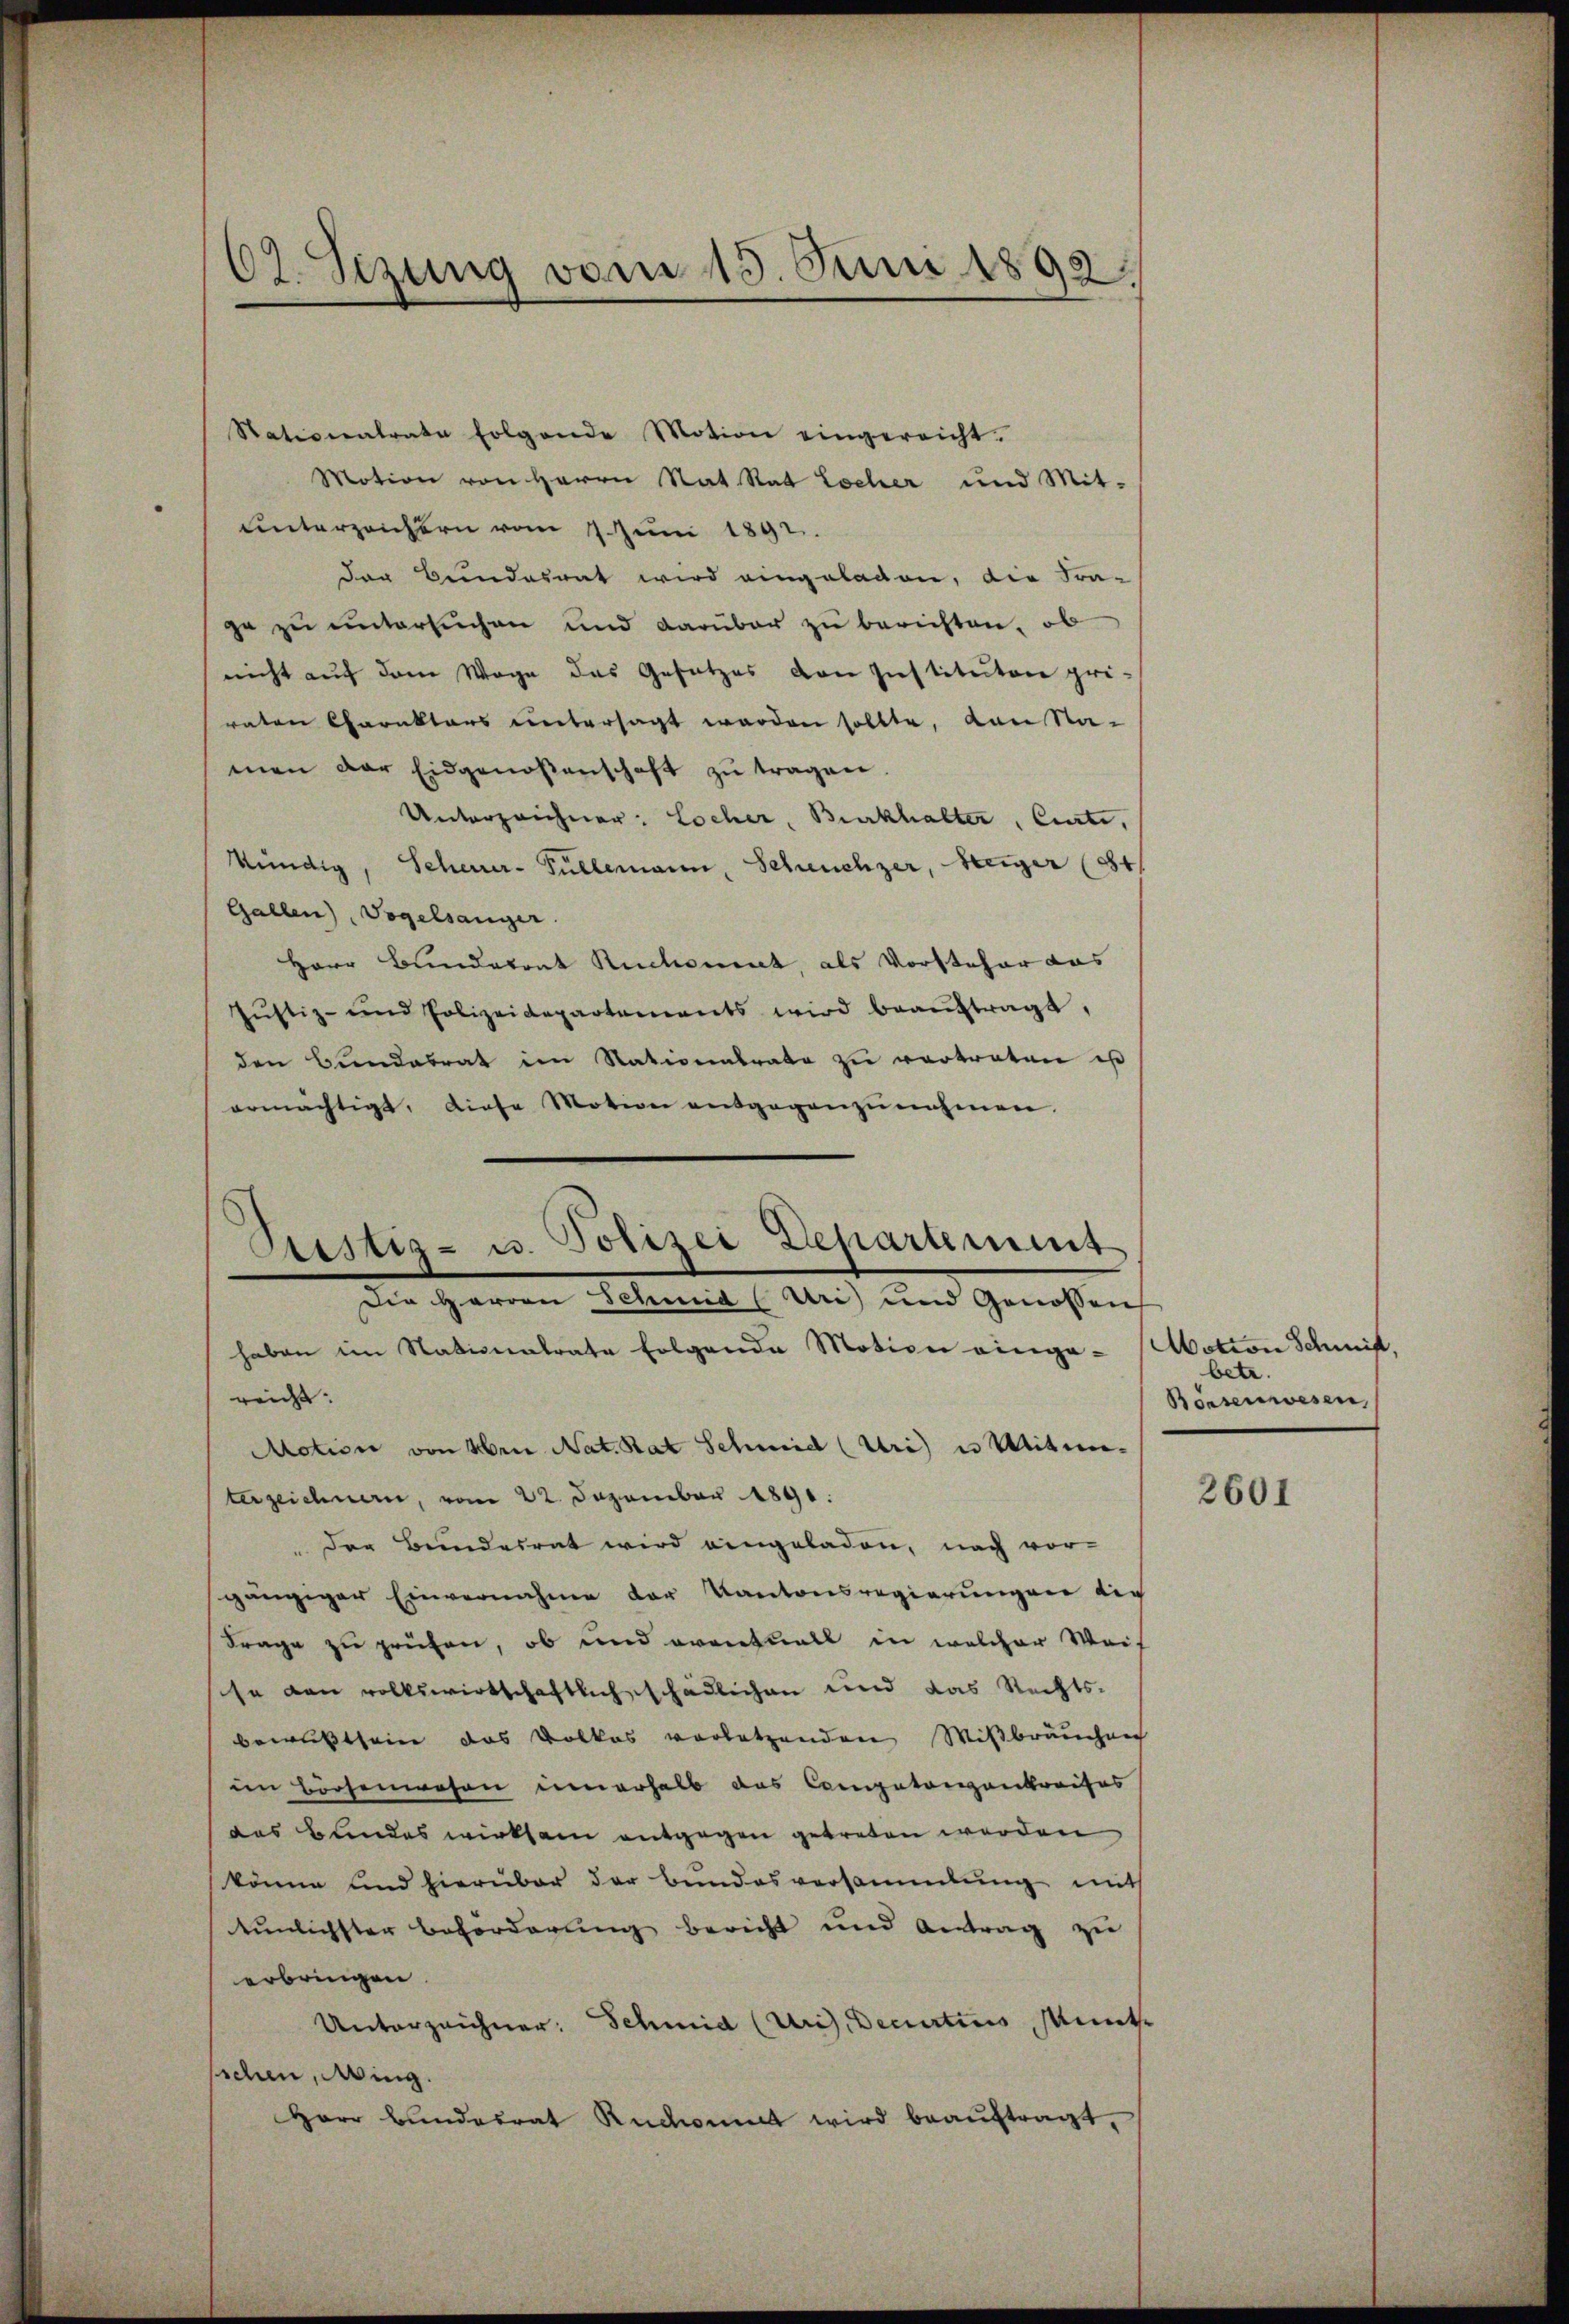
62. Sizung vom 15. Juni 1893.

Stationalrate folgende Motion eingereicht.
Motion von Herrn Rat Rat Locher und Mit-
unterzeichern vom 7. Juni 1891.
der Bundesrat wird eingeladen, die Fra-
ge zu untersuchen und darüber zu berichten, ob
nicht auf dem Wege des Gesetzes von Institutore pri-
raten Charaktars untersagt werden sollte, von Na-
men der Eidgenoßenschaft zŭ tragen.
Unterzeichner: Locher, Burckhalter, Carte,
kündig, Scheurer-Füllermann, Scheuchzer, Weiger (84.
Gallen), Vogelsanger.
Herr Bundetont Ruchoment, als Vorsteher aus
Jŭstiz- und Polizeidepartements wird beaŭftragt,
den Bundesrat im Rationalrate zu vertraten is
ermächtigt, diese Motion entgegenzŭnahmen.

Pustiz- u. Polizei Departement

Die Herren Schmid (Uri) und Genossen
haben im Nationentrate folgende Motion vierga-
reicht:
Motion von Herr Nat. Rat Schmid (Uri) u Miteinterzeichnern, vom 22. Dezember 1891.
" der Bundesrat wird eingeladen, nach vor-
gängiger Einvernahme der Kantonsregierungen der
Frage zu prüfen, ob und eventuell in welcher Weif
se von volkswirtschaftlich schädlichen und das Rechts-
bewußtsein das Volkes vorletzenden Mißbräucheng
in Böchenwesen unerhalb das Competangenkreifes
das Bundes wirksam entgegen getreten werden
könne und hierüber der Bundesversammlung mit
tunlichster Beforderung bericht und Antrag zu
erbringen.
Unterzeichner: Schmid (Uri), Decurtius, Munt
sichen, Wing.
Herr Bundesrat Rudent wird beauftragt,

Motion Schrift,
bete.
Börsenwesen,

2601